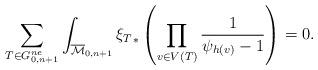
LaTeX: \begin{align*}\sum_{T \in G_{0,n+1}^{ne}}\int_{\overline{\mathcal{M}}_{0,n+1}} {\xi_{T}}_* \left(\prod_{v\in V(T)} \frac{1}{\psi_{h(v)}-1}\right) =0.\end{align*}